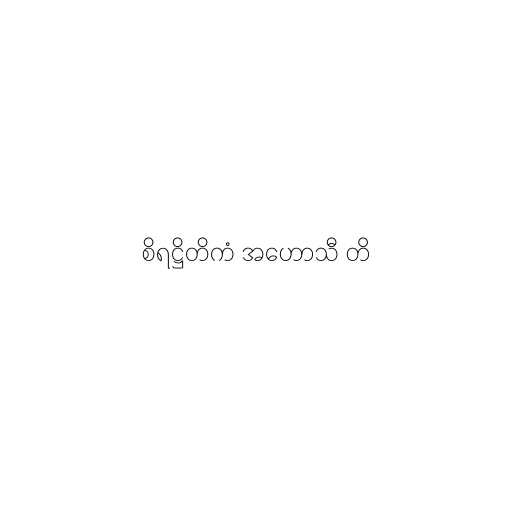
စိရဋ္ဌိတိကံ အဟောသီ တိ